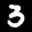
Label: 3